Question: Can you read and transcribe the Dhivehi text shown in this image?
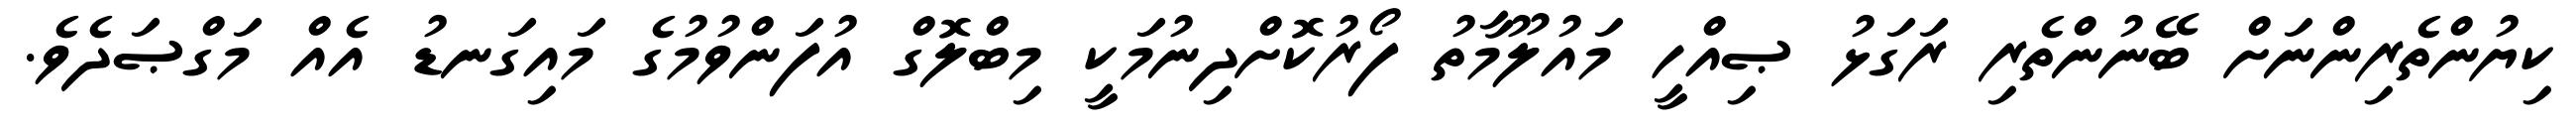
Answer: ކިޔުންތެރިންނަށް ބޭނުންތެރި ރަގަޅު ޞިއްހީ މައުލޫމާތު ފޯރުކޮށްދިނުމަކީ މިބްލޮގް އުފަންވުމުގެ މައިގަނޑު އެއް މަގްޞަދެވެ.